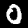
Label: 0